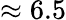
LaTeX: \approx 6.5